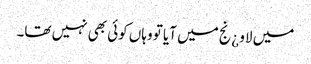
میں لاو ¿نج میں آیا تو وہاں کوئی بھی نہیں تھا۔